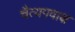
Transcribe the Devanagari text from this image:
चैत्यगवाक्ष